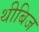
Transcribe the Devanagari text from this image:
थीबिज